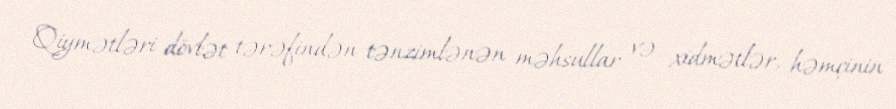
Qiymətləri dövlət tərəfindən tənzimlənən məhsullar və xidmətlər, həmçinin